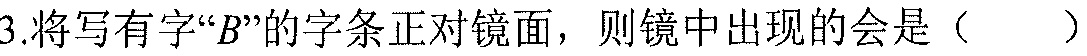
3.将写有字“$B$”的字条正对镜面，则镜中出现的会是（  ）